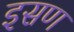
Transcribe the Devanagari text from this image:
इसण